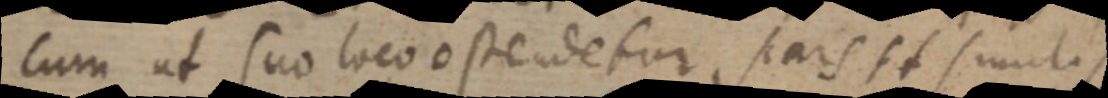
Cum ut suo loco ostendetur sars et similis